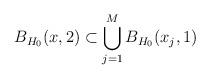
LaTeX: \begin{align*}B_{H_0}(x,2)\subset \bigcup_{j=1}^MB_{H_0}(x_j,1)\end{align*}